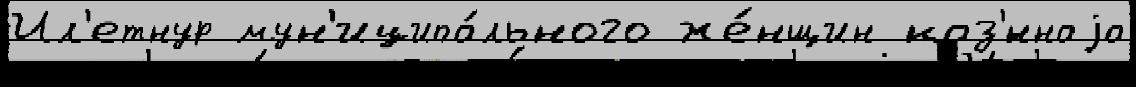
Ил'етнур мун'иципа́льного же́нщин каз'́ннаjа